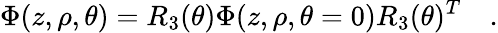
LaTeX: \Phi(z,\rho,\theta)=R_{3}(\theta)\Phi(z,\rho,\theta=0)R_{3}(\theta)^{T}\quad.